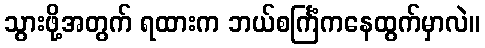
သွားဖို့အတွက် ရထားက ဘယ်စင်္ကြံကနေထွက်မှာလဲ။